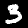
Label: 3